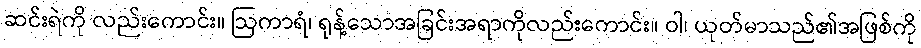
ဆင်းရဲကို လည်းကောင်း။ ဩကာရံ၊ ရုန့်သောအခြင်းအရာကိုလည်းကောင်း။ ဝါ၊ ယုတ်မာသည်၏အဖြစ်ကို